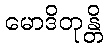
မောဒိတုန္တိ